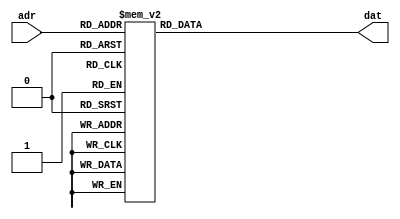
module m_rom(input [3:0] adr, output [7:0] dat);
	reg [7:0] data;
	assign dat=data;
	always @(adr) begin
		case(adr)
			4'h0: data=8'b10100001;
			4'h1: data=8'b10000110;
			4'h2: data=8'b11000000;
			4'h3: data=8'b01111111;
			4'h4: data=8'b11111111;
			4'h5: data=8'b10100001;
			4'h6: data=8'b10000110;
			4'h7: data=8'b11111001;
			4'h8: data=8'b01111111;
			4'ha: data=8'b10100001;
			4'hb: data=8'b10000110;
			4'hc: data=8'b11111001;
			4'hd: data=8'b11000000;
			4'he: data=8'b01111111;
			4'hf: data=8'b11111111;
			default: data=8'hff;
		endcase
	end
endmodule

module m_chattering(input clk, input sw_in, output sw_out);
	reg [15:0] cnt;
	reg swreg;
	wire iclk;
	
	assign sw_out = swreg;
	
	always @(posedge clk) begin
		cnt = cnt+1;
	end
	assign iclk=cnt[15];
	
	always @(posedge iclk) begin
		swreg=sw_in;
	end
	
endmodule